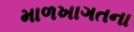
માળખાગતના